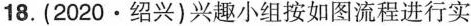
18.(2020·绍兴)兴趣小组按如图流程进行实